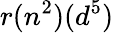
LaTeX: r(n^{2})(d^{5})